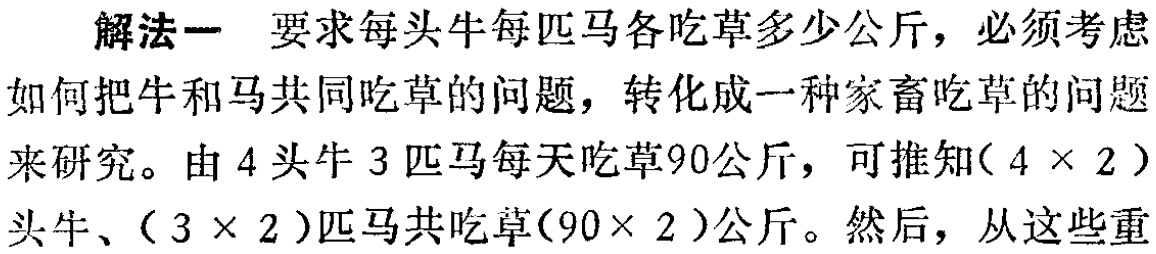
解法一 要求每头牛每匹马各吃草多少公斤，必须考虑
如何把牛和马共同吃草的问题，转化成一种家畜吃草的问题
来研究。由 \(4\) 头牛 \(3\) 匹马每天吃草\(90\)公斤，可推知\((4\times 2)\)
头牛、\((3\times 2)\)匹马共吃草\((90\times 2)\)公斤。然后，从这些重